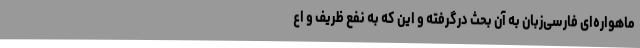
ماهواره‌ای فارسی‌زبان به آن بحث درگرفته و این که به نفع ظریف و اع